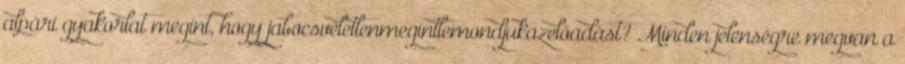
alpári gyakorlat megint, hogy jabocsvéletlenmegintlemondjukazelőadást? Minden jelenségre megvan a